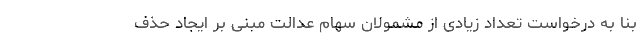
بنا به درخواست تعداد زیادی از مشمولان سهام عدالت مبنی بر ایجاد حذف